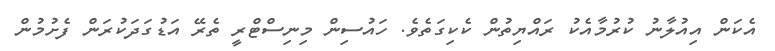
އެކަން އިއުލާނު ކުރުމާއެކު ރައްޔިތުން ކެކިގަތެވެ. ހައުސިން މިނިސްޓްރީ ތެރޭ އަޑުގަދަކުރަން ފެށުމުން